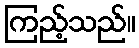
ကြည့်သည်။